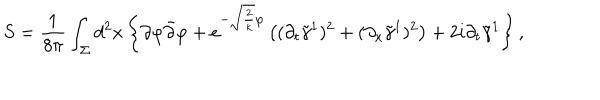
S = \frac { 1 } { 8 \pi } \int _ { \Sigma } d ^ { 2 } x \left\{ \partial \varphi \bar { \partial } \varphi + e ^ { - \sqrt { \frac { 2 } { k } } \varphi } \left( ( \partial _ { t } \tilde { \gamma } ^ { 1 } ) ^ { 2 } + ( \partial _ { x } \tilde { \gamma } ^ { 1 } ) ^ { 2 } \right) + 2 i \partial _ { t } \tilde { \gamma } ^ { 1 } \right\} ,